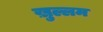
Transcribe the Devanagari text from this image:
ख़ुल्लम